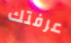
عرفتك